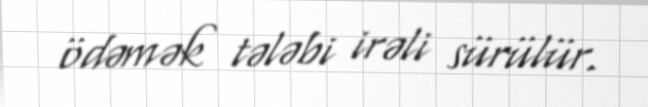
ödəmək tələbi irəli sürülür.